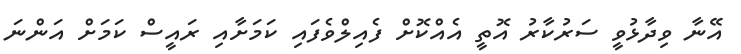
އޭނާ ވިދާޅުވީ ސަރުކާރު އޮތީ އެއްކޮށް ފެއިލްވެފައި ކަމަށާއި ރައީސް ކަަމަށް އަންނަ